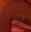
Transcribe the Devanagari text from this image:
रॉच